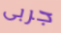
جربى